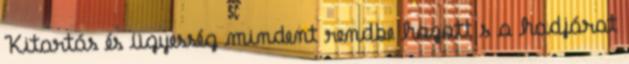
Kitartás és ügyesség mindent rendbe hozott s a hadjárat